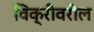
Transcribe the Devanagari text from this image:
विक्रीवरील